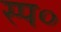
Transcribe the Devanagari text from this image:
स्प०